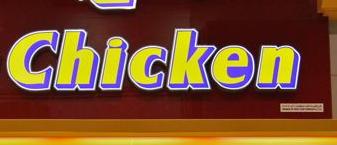
chicken